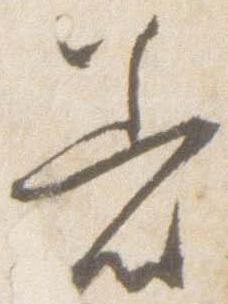
着